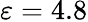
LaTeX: \varepsilon=4.8